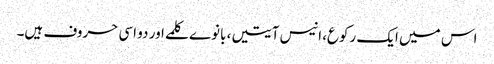
اس میں ایک رکوع، انیس آیتیں، بانوے کلمے اور دو اسی حروف ہیں۔